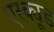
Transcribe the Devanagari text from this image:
एस्क्यूड